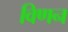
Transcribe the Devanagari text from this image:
विणन